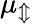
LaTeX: \mu_{\Updownarrow}